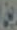
بن